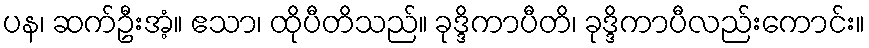
ပန၊ ဆက်ဦးအံ့။ ဧသာ၊ ထိုပီတိသည်။ ခုဒ္ဒိကာပီတိ၊ ခုဒ္ဒိကာပီလည်းကောင်း။